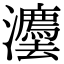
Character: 灋